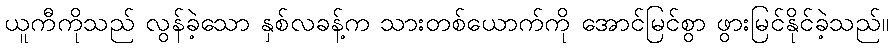
ယူကီကိုသည် လွန်ခဲ့သော နှစ်လခန့်က သားတစ်ယောက်ကို အောင်မြင်စွာ ဖွားမြင်နိုင်ခဲ့သည်။